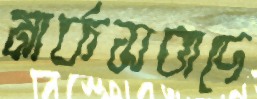
মার্কসবাদে